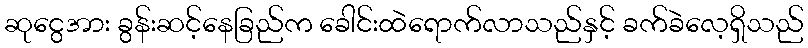
ဆုငွေအား ခွန်းဆင့်နေခြည်က ခေါင်းထဲရောက်လာသည်နှင့် ခက်ခဲလေ့ရှိသည်